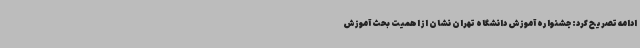
ادامه تصریح کرد: جشنواره آموزش دانشگاه تهران نشان از اهمیت بحث آموزش